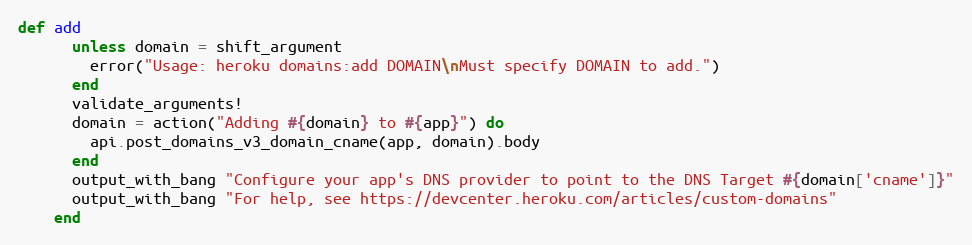
Language: Ruby
def add
      unless domain = shift_argument
        error("Usage: heroku domains:add DOMAIN\nMust specify DOMAIN to add.")
      end
      validate_arguments!
      domain = action("Adding #{domain} to #{app}") do
        api.post_domains_v3_domain_cname(app, domain).body
      end
      output_with_bang "Configure your app's DNS provider to point to the DNS Target #{domain['cname']}"
      output_with_bang "For help, see https://devcenter.heroku.com/articles/custom-domains"
    end